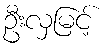
ဦးလှမြင့်